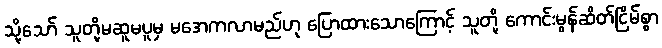
သို့သော် သူတို့မဆူမပူမှ မအေကလာမည်ဟု ပြောထားသောကြောင့် သူတို့ ကောင်းမွန်ဆိတ်ငြိမ်စွာ